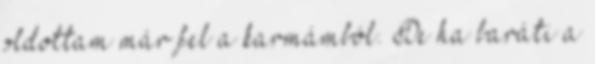
oldottam már fel a karmámból. De ha baráti a